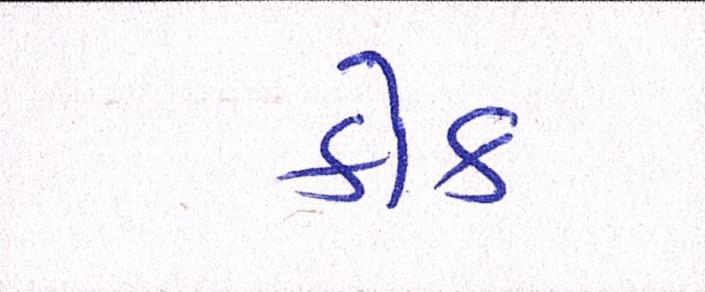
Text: કોક